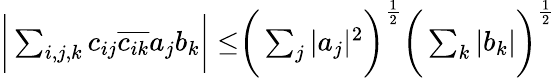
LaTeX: \begin{array}{r}{\biggr|\sum_{i,j,k}c_{ij}\overline{{c_{ik}}}a_{j}b_{k}\biggr|\leq\biggr(\sum_{j}|a_{j}|^{2}\biggr)^{\frac 12}\biggr(\sum_{k}|b_{k}|\biggr)^{\frac 12}}\end{array}